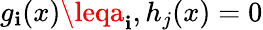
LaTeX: g_{\mathbf{i}}(x)\leqa_{\mathbf{i}},h_{j}(x)=0